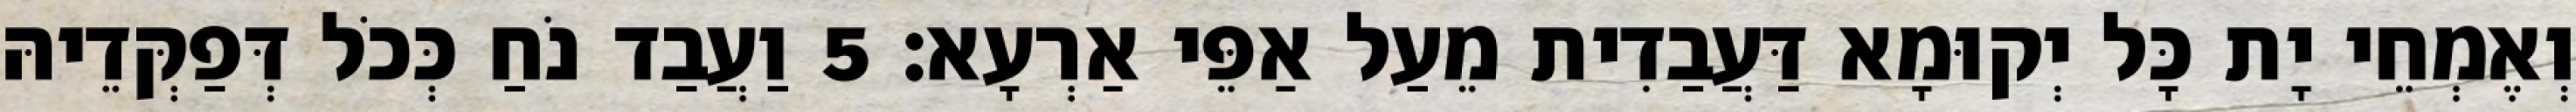
וְאֶמְחֵי יָת כָּל יְקוּמָא דַּעֲבַדִית מֵעַל אַפֵּי אַרְעָא׃ 5 וַעֲבַד נֹחַ כְּכֹל דְּפַקְּדֵיהּ